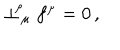
\perp _ { \, \mu } ^ { \! \rho } f ^ { \mu } = 0 \, ,